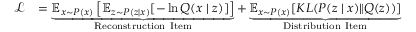
\begin{array} { r l } { \mathcal { L } } & { = \underbrace { \mathbb { E } _ { { x } \sim { P } ( x ) } \left[ \mathbb { E } _ { z \sim P ( z \mid x ) } [ - \ln Q ( x \mid z ) ] \right] } _ { \mathrm { R e c o n s t r u c t i o n ~ I t e m } } + \underbrace { \mathbb { E } _ { { x } \sim { P } ( x ) } { [ K L ( P ( z \mid x ) \| Q ( z ) ) ] } } _ { \mathrm { D i s t r i b u t i o n ~ I t e m } } } \end{array}